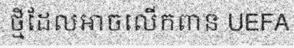
ថ្មីដែលអាចលើកពាន UEFA